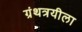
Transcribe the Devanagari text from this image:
ग्रंथत्रयीला